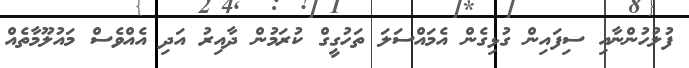
ފުލުހުންނާއި ސިފައިން ގުޅިގެން އެމައްސަލަ ތަހުގީގް ކުރަމުން ދާއިރު އަދި އެއްވެސް މައުލޫމާތެއް